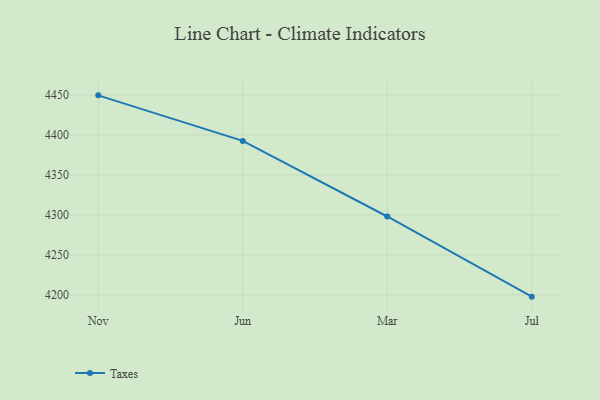
{"axis": {"x": "Month", "y": "Demand Index"}, "legend": ["Taxes"], "data": [{"x": "Nov", "y": 4449.6, "type": "Taxes"}, {"x": "Jun", "y": 4392.6, "type": "Taxes"}, {"x": "Mar", "y": 4298.0, "type": "Taxes"}, {"x": "Jul", "y": 4197.7, "type": "Taxes"}]}